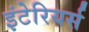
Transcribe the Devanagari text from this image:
इंटेरियर्स